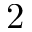
2